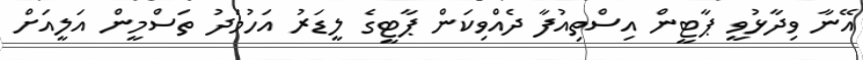
އޭނާ ވިދާޅުވީ ޕާޓީން އިސްތިއުފާ ދެއްވިކަން ޕާޓީގެ ލީޑަރު އަހުމަދު ތަސްމީން އަލީއަށް